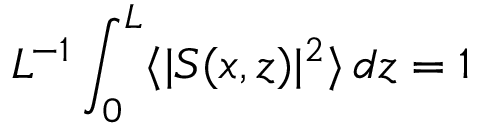
L ^ { - 1 } \int _ { 0 } ^ { L } \langle \vert S ( x , z ) \vert ^ { 2 } \rangle \, d z = 1